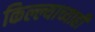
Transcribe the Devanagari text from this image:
किल्ल्याच्याही